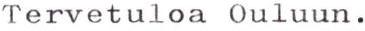
Tervetuloa Ouluun.